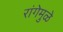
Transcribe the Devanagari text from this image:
रांगेमुळे